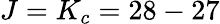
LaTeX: J=K_{c}=28-27